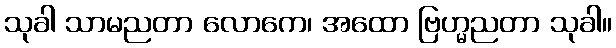
သုခါ သာမညတာ လောကေ၊ အထော ဗြဟ္မညတာ သုခါ။